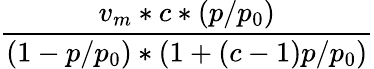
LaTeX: \frac{v_{m}*c*(p/p_{0})}{(1-p/p_{0})*(1+(c-1)p/p_{0})}